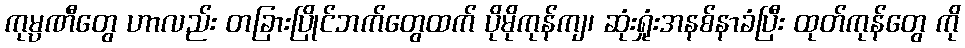
ကုမ္ပဏီတွေ ဟာလည်း တခြားပြိုင်ဘက်တွေထက် ပိုမိုကုန်ကျ၊ ဆုံးရှုံးအနစ်နာခံပြီး ထုတ်ကုန်တွေ ကို